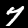
Digit: 7